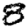
Digit: 8